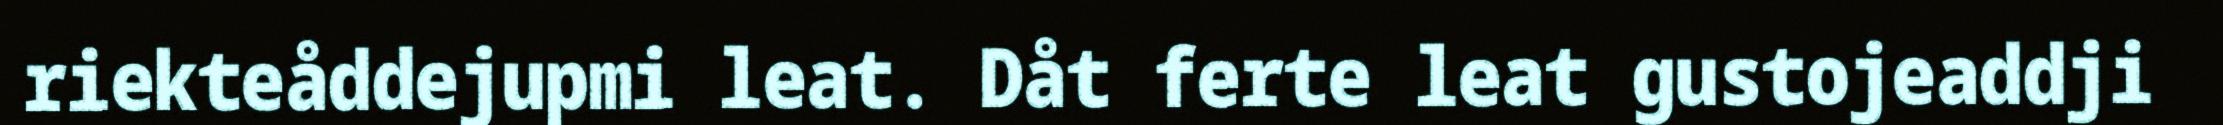
riekteåddejupmi leat. Dåt ferte leat gustojeaddji